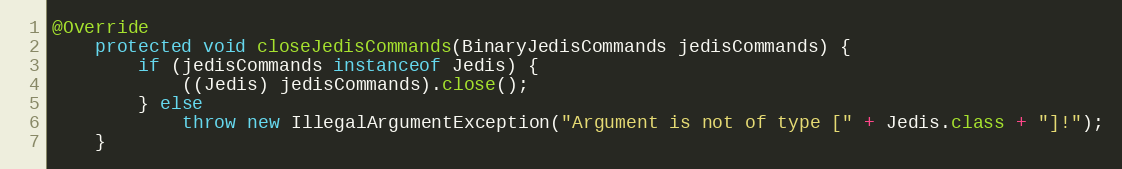
Language: Java
@Override
    protected void closeJedisCommands(BinaryJedisCommands jedisCommands) {
        if (jedisCommands instanceof Jedis) {
            ((Jedis) jedisCommands).close();
        } else
            throw new IllegalArgumentException("Argument is not of type [" + Jedis.class + "]!");
    }